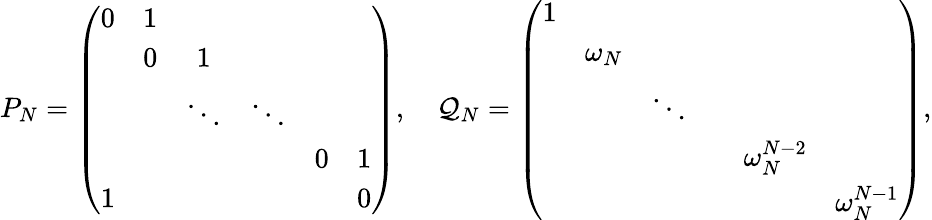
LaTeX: P_{N}=\left(\begin{array}{cccccc}{{0}}&{{1}}&{{}}&{{}}&{{}}&{{}}\\ {{}}&{{0}}&{{1}}&{{}}&{{}}&{{}}\\ {{}}&{{}}&{{\ddots}}&{{\ddots}}&{{}}&{{}}\\ {{}}&{{}}&{{}}&{{}}&{{0}}&{{1}}\\ {{1}}&{{}}&{{}}&{{}}&{{}}&{{0}}\end{array}\right),\quad\mathcal{Q}_{N}=\left(\begin{array}{cccccc}{{1}}&{{}}&{{}}&{{}}&{{}}&{{}}\\ {{}}&{{\omega_{N}}}&{{}}&{{}}&{{}}&{{}}\\ {{}}&{{}}&{{\ddots}}&{{}}&{{}}&{{}}\\ {{}}&{{}}&{{}}&{{}}&{{\omega_{N}^{N-2}}}&{{}}\\ {{}}&{{}}&{{}}&{{}}&{{}}&{{\omega_{N}^{N-1}}}\end{array}\right),